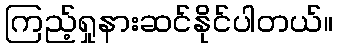
ကြည့်ရှုနားဆင်နိုင်ပါတယ်။